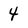
Character: 4